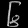
Digit: ၆